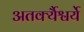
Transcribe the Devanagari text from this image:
अतर्क्यैश्वर्ये